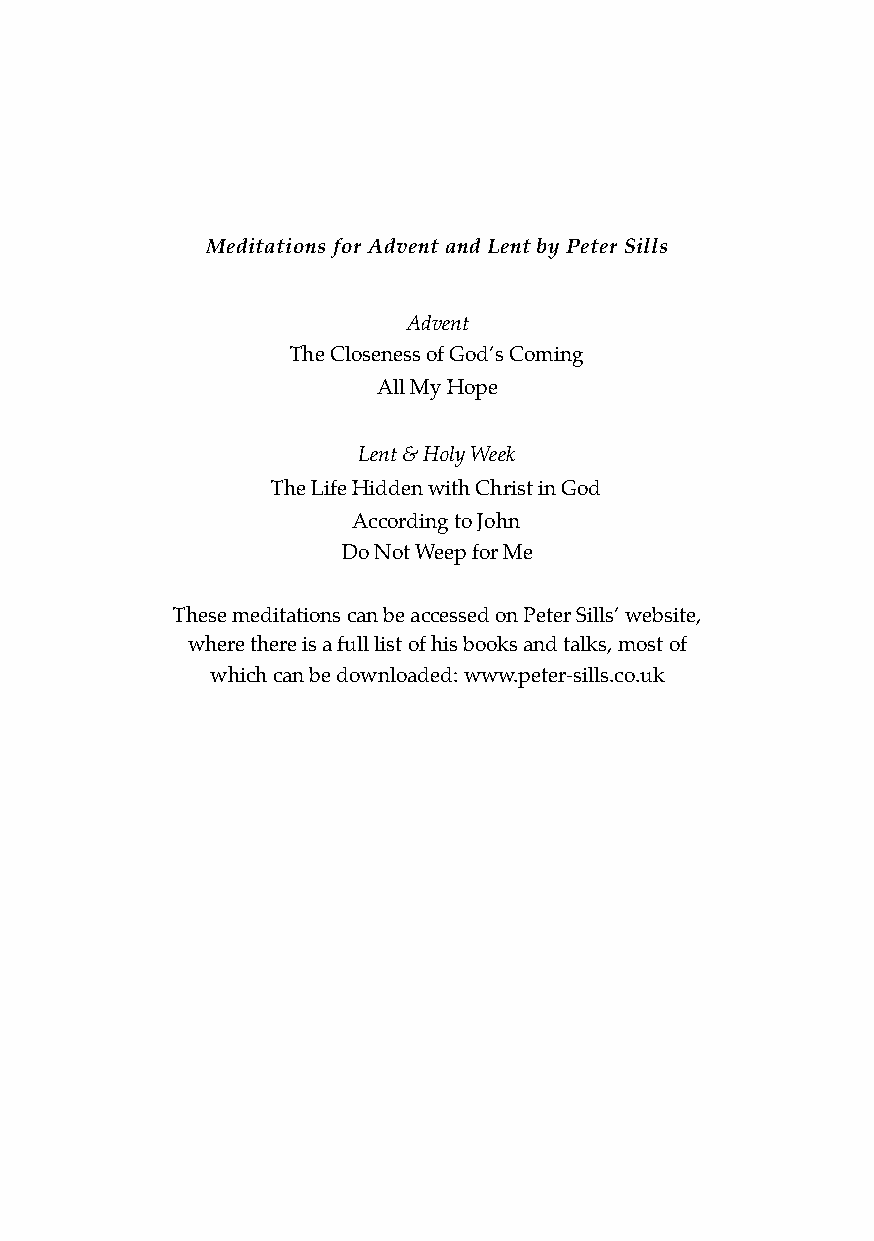
Meditations for Advent and Lent by Peter Sills
 Advent
 The Closeness of God’s Coming
 All My Hope
 Lent & Holy Week
 The Life Hidden with Christ in God
 According to John
 Do Not Weep for Me
 These meditations can be accessed on Peter Sills’ website,
 where there is a full list of his books and talks, most of
 which can be downloaded: www.peter-sills.co.uk